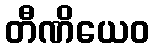
တီဏိယေဝ